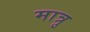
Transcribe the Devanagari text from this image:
मात्रु